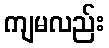
ကျမလည်း